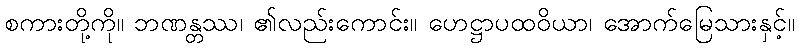
စကားတို့ကို။ ဘဏန္တဿ၊ ၏လည်းကောင်း။ ဟေဋ္ဌာပထဝိယာ၊ အောက်မြေသားနှင့်။